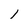
Character: 1